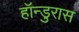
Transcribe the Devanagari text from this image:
हॉन्डुरास